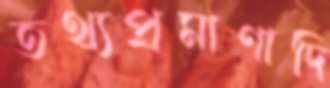
তথ্যপ্রমাণাদি